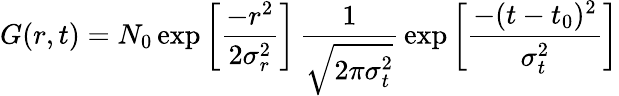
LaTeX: G(r,t)=N_{0}\exp{\left[\frac{-r^{2}}{2\sigma_{r}^{2}}\right]}\, \frac{1}{\sqrt{2\pi\sigma_{t}^{2}}}\, \exp{\left[\frac{-(t-t_{0})^{2}}{\sigma_{t}^{2}}\right]}